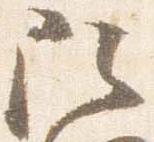
阿